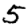
Digit: 5